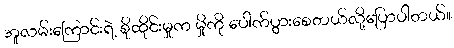
အူလမ်းကြောင်းရဲ့ စိုထိုင်းမှုက မှိုကို ပေါက်ပွားစေတယ်လို့ပြောပါတယ်။